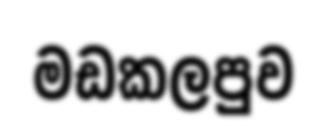
මඩකලපුව